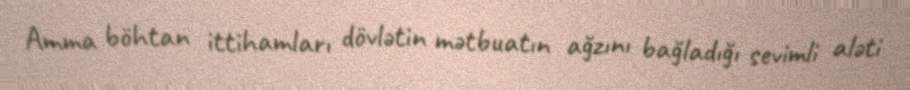
Amma böhtan ittihamları dövlətin mətbuatın ağzını bağladığı sevimli aləti